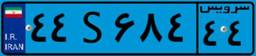
۴۴S۶۸۴۴۴